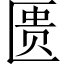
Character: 匮